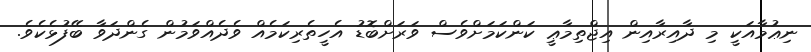
ނިޢުމާއަކީ މި ދާއިރާއިން އިޖްތިމާޢީ ކަންކަމަށްވެސް ވަރަށްބޮޑު އެހީތެރިކަމެއް ވެދެއްވަމުން ގެންދަވާ ބޭފުޅެކެވެ.